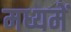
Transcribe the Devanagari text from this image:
मध्यमें